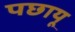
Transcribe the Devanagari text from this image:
पछायू